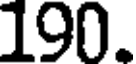
190.